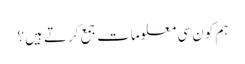
ہم کون سی معلومات جمع کرتے ہیں؟